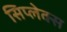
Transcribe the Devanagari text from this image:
सिप्लेक्स